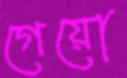
গেয়ো